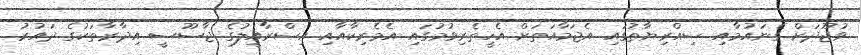
ވުޖޫދަށް ގެނައުމާއި ސިއްރިޔާތުގައި އެޖަމާއަތަށް އެހީތެރިވުމުގައި އެމެރިކާއާއި އިސްރާއީލުގެ ޖާސޫސީ އިދާރާތަކުގެ ދައުރު